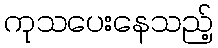
ကုသပေးနေသည့်